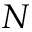
N